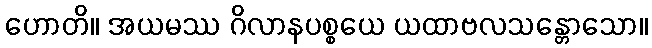
ဟောတိ။ အယမဿ ဂိလာနပစ္စယေ ယထာဗလသန္တောသော။